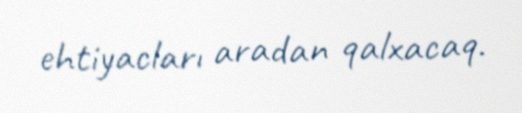
ehtiyacları aradan qalxacaq.